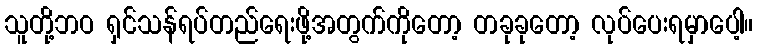
သူတို့ဘဝ ရှင်သန်ရပ်တည်ရေးဖို့အတွက်ကိုတော့ တခုခုတော့ လုပ်ပေးရမှာပေါ့။